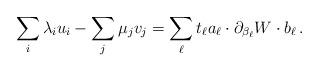
LaTeX: \begin{align*} \sum_i\lambda_i u_i - \sum_j\mu_j v_j = \sum_{\ell}t_{\ell}a_{\ell}\cdot \partial_{\beta_\ell}W\cdot b_{\ell}\,. \end{align*}